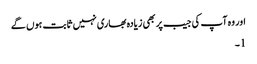
اور وہ آپ کی جیب پر بھی زیادہ بھاری نہیں ثابت ہوں گے
1۔